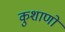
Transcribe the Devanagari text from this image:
कुशाणों